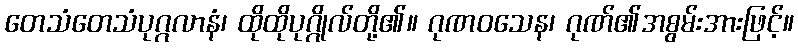
တေသံတေသံပုဂ္ဂလာနံ၊ ထိုထိုပုဂ္ဂိုလ်တို့၏။ ဂုဏဝသေန၊ ဂုဏ်၏အစွမ်းအားဖြင့်။